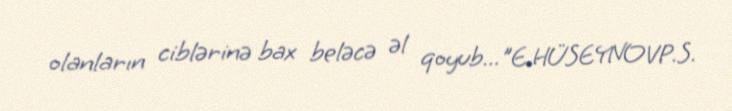
olanların ciblərinə bax beləcə əl qoyub..."E.HÜSEYNOVP.S.